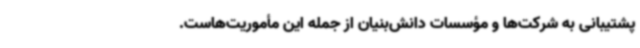
پشتیبانی به شرکت‌ها و مؤسسات دانش‌بنیان از جمله این مأموریت‌هاست.